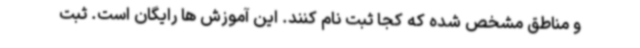
و مناطق مشخص شده که کجا ثبت نام کنند. این آموزش ها رایگان است. ثبت